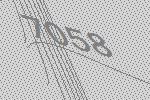
7058